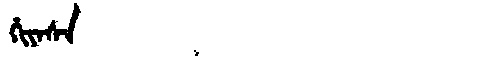
Manchu: ᡥᡳᠶᠠᠰᠠ
Romanization: HIYASA